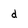
Character: d